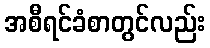
အစီရင်ခံစာတွင်လည်း